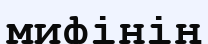
мифінің